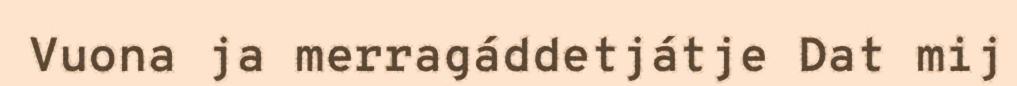
Vuona ja merragáddetjátje Dat mij